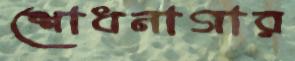
শোধনাগার